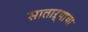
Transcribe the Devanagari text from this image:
साताऱ्याचा